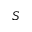
S